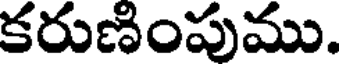
కరుణింపుము.